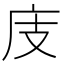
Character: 庋